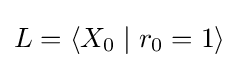
L=\langle X_{0}\mid r_{0}=1\rangle